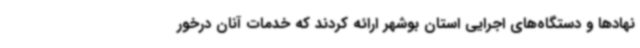
نهادها و دستگاه‌های اجرایی استان بوشهر ارائه کردند که خدمات آنان درخور